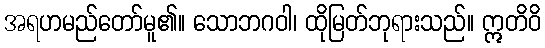
အရဟမည်တော်မူ၏။ သောဘဂဝါ၊ ထိုမြတ်ဘုရားသည်။ ဣတိဝိ